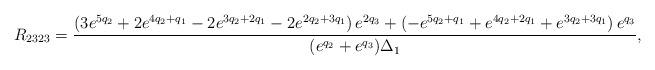
LaTeX: \begin{align*}R_{2323}=\frac{\left(3 {{e}^{5 q_2}+2 {{e}^{4 q_2+q_1}}-2 {{e}^{3 q_2+2 q_1}}-2 {{e}^{2 q_2+3 q_1}}}\right) {{e}^{2 q_3}}+\left( -{{e}^{5 q_2+q_1}}+{{e}^{4 q_2+2 q_1}}+{{e}^{3 q_2+3 q_1}}\right) {{e}^{q_3}}}{(e^{q_2}+e^{q_3})\Delta_1},\end{align*}